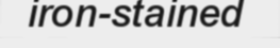
iron-stained